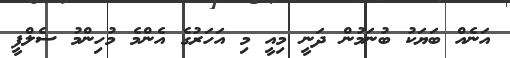
އަނެއް ބަޔަކު ބުނަމުން ދަނީ މިއީ މި އަހަރުގެ އެންމެ މުހިންމު ސެލްފީ